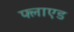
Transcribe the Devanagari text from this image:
फ्लाएड